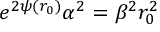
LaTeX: e ^ { 2 \psi ( r _ { 0 } ) } \alpha ^ { 2 } = \beta ^ { 2 } r _ { 0 } ^ { 2 }